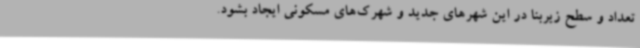
تعداد و سطح زیربنا در این شهرهای جدید و شهرک‌های مسکونی ایجاد بشود.